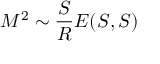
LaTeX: M ^ { 2 } \sim \frac { S } { R } E ( S , S )